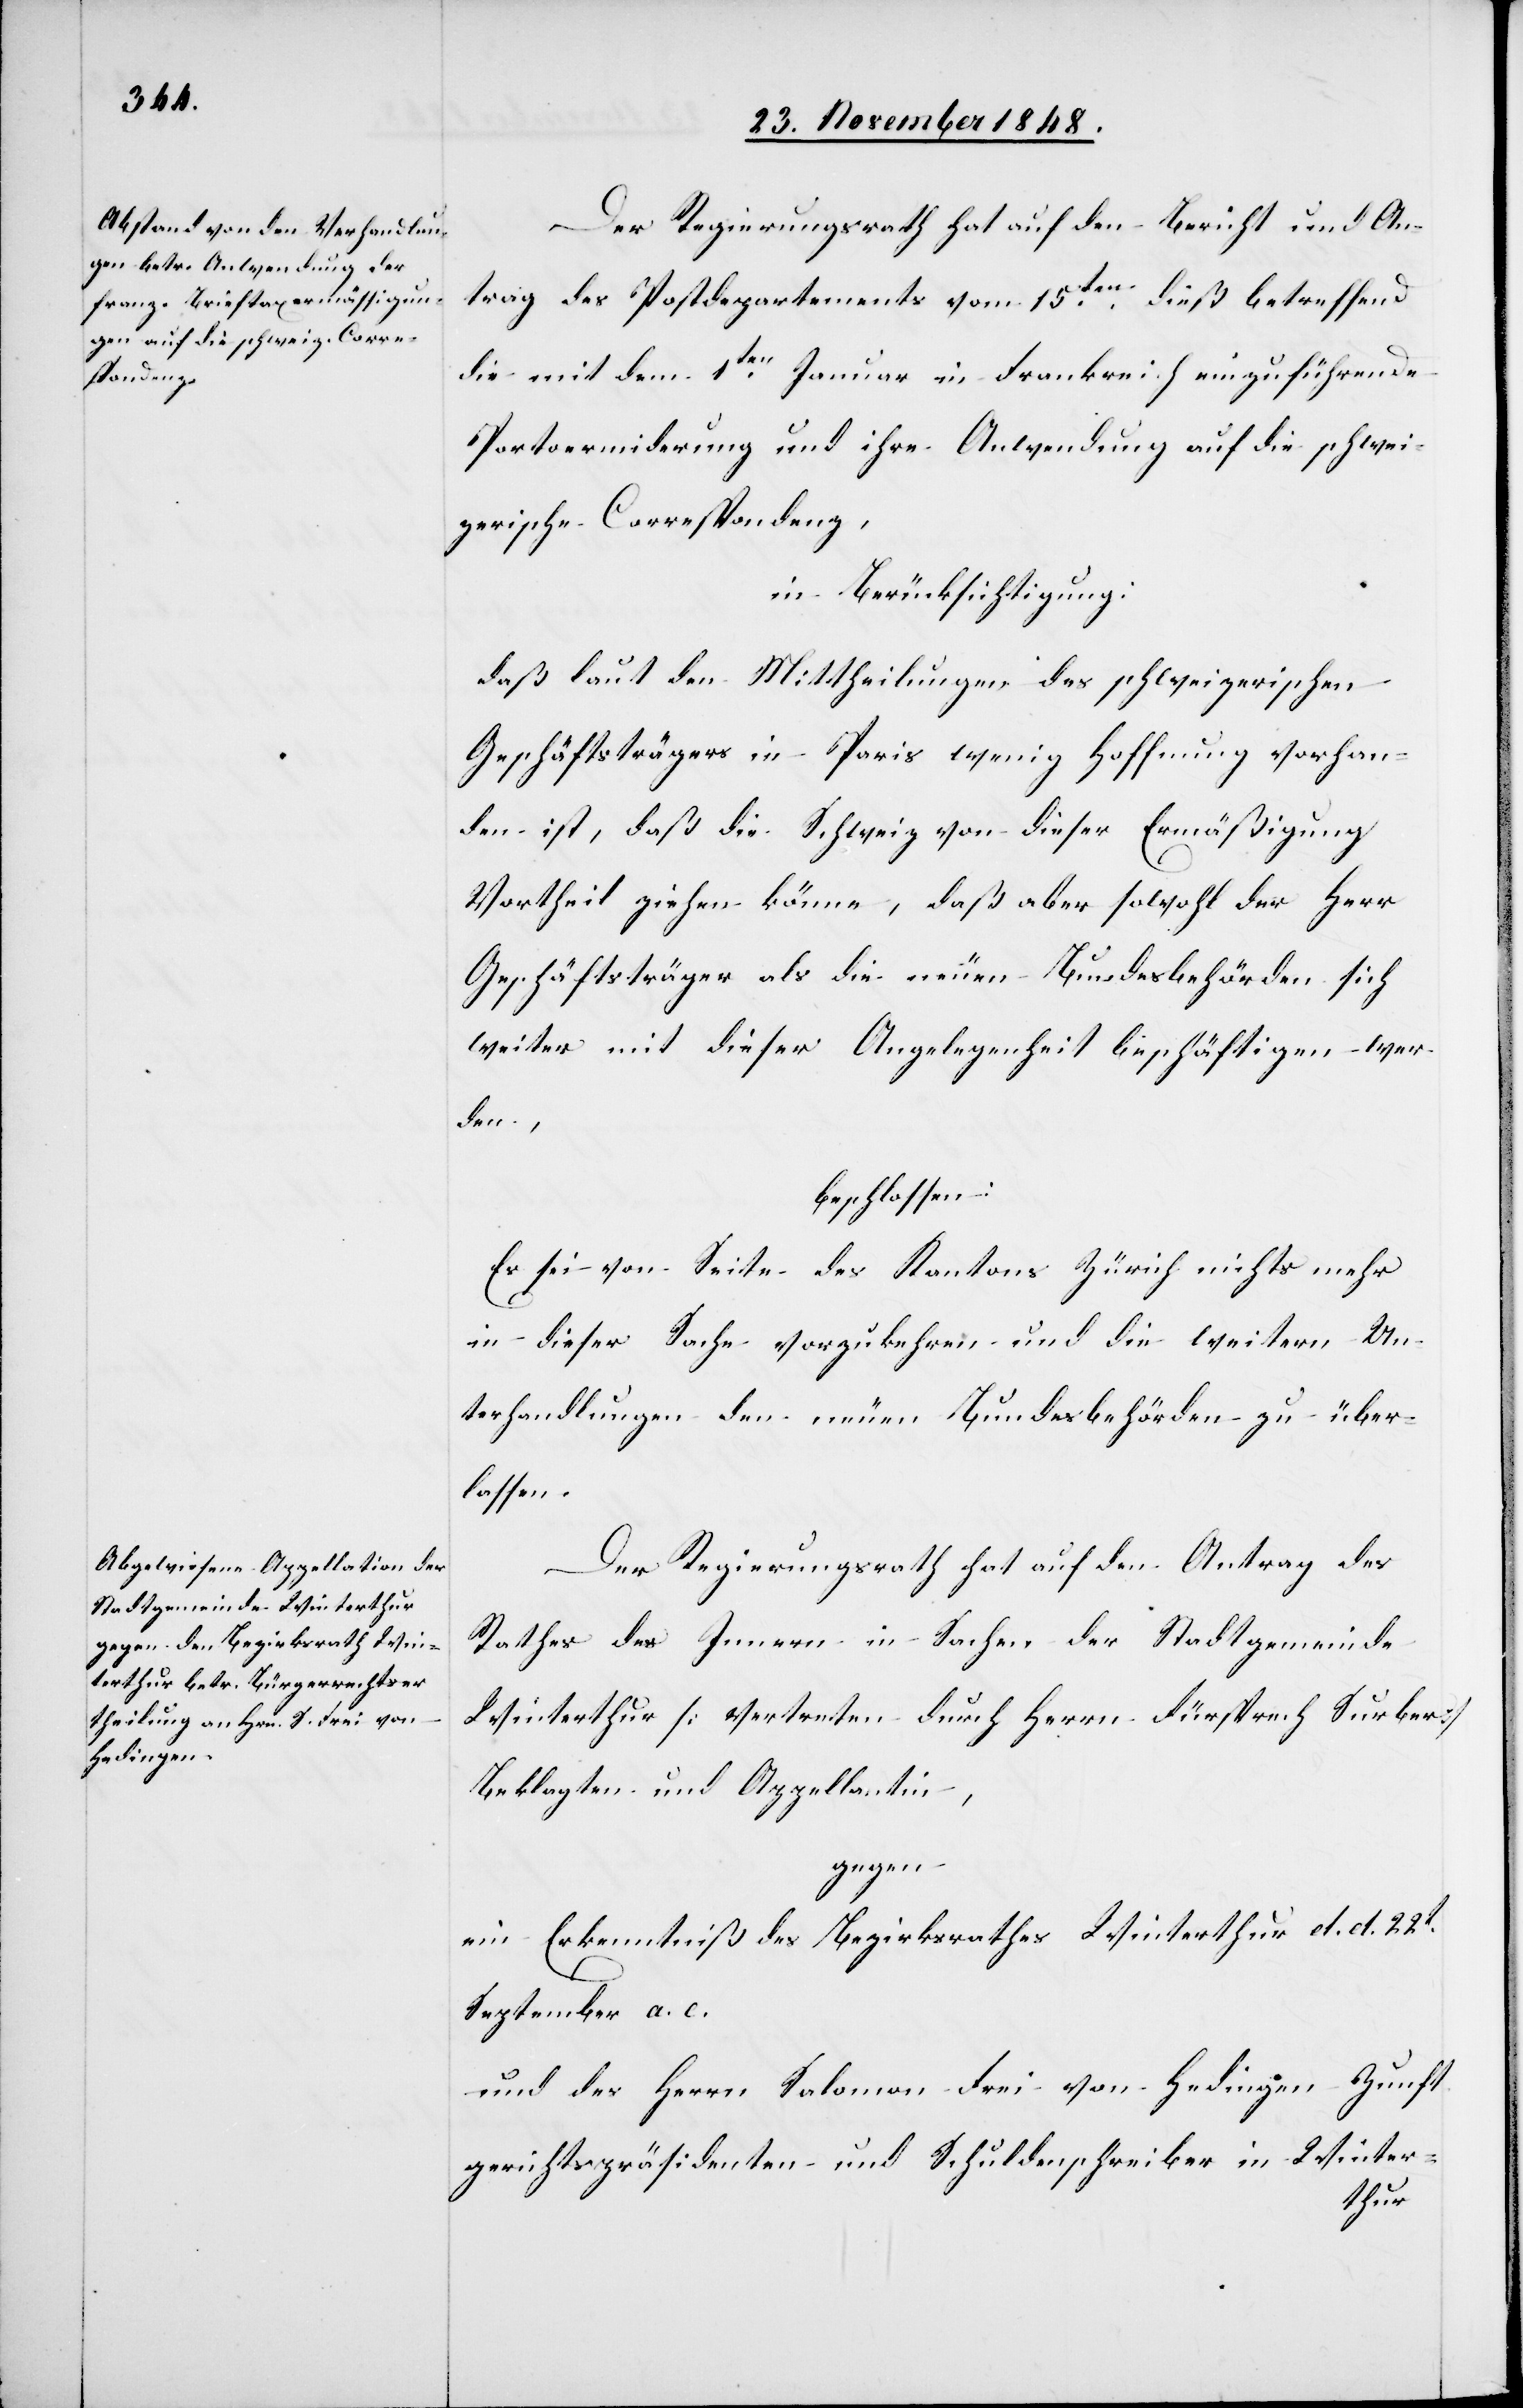
Der Regierungsrath hat auf den Bericht und An¬
trag des Postedepartements vom 15ten dieß betreffend
die mit dem 1ten Januar in Frankreich einzuführende
Portoermi[n]derung und ihre Anwendung auf die schwei¬
zerische Correspondenz,
in Berücksichtigung:
daß laut den Mittheilungen des schweizerischen
Geschäftsträgers in Paris wenig Hoffnung vorhan¬
den ist, daß die Schweiz von dieser Ermäßigung
Vortheil ziehen könne, daß aber sowohl der Herr
Geschäftsträger als die neuen Bundesbehörden sich
weiter mit dieser Angelegenheit beschäftigen wer¬
den,
beschlossen:
Es sei von Seite des Kantons Zürich nichts mehr
in dieser Sache vorzukehren und die weitern Un¬
terhandlungen den neuen Bundesbehörden zu über¬
lassen.
Der Regierungsrath hat auf den Antrag des
Rathes des Innern in Sachen der Stadtgemeinde
Winterthur [vertreten durch Herrn Fürsprech Surber]
Beklagten und Appellantin,
gegen:
ein Erkenntniß des Bezirksrathes Winterthur d. d. 22t
September a. c.
Zunft¬
und des Herrn Salomon frei von Hedingen
gerichtspräsidenten und Schuldenschreiber in Winter-